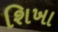
શિખા